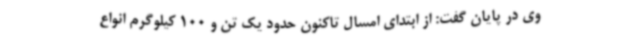
وی در پایان گفت: از ابتدای امسال تاکنون حدود یک تن و 100 کیلوگرم انواع